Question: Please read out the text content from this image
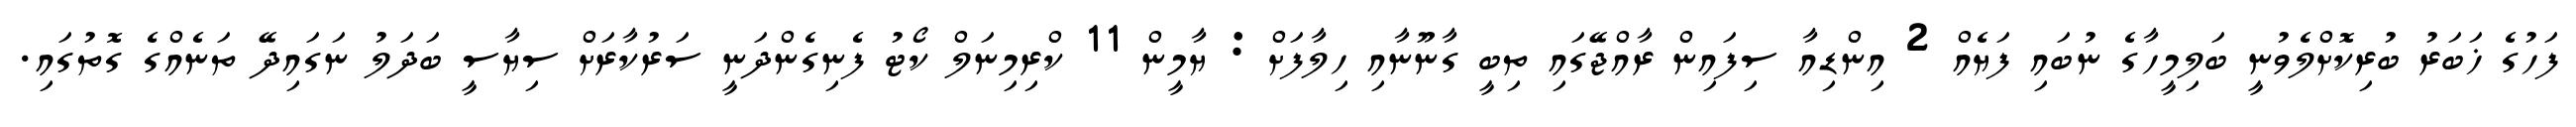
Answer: ފަހުގެ ޚަބަރު ބުރިކޮށްލެވުނީ ބަލިމީހާގެ ނުބައި ފަޔެއް 2 އިންޑިއާ ސިފައިން ރާއްޖޭގައި ތިބީ ގާނޫނާއި ހިލާފަށް : ޔާމީން 11 ކްރިމިނަލް ކޯޓު ފެނިގެންދަނީ ސަރުކާރަށް ސިޔާސީ ބަދަލު ނަގައިދޭ ތަނެއްގެ ގޮތުގައި.